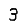
Digit: 3